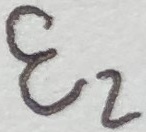
Text: E2